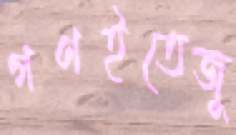
গণইতেজু